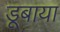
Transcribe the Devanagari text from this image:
डूबाया